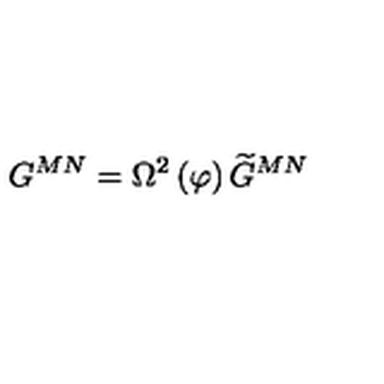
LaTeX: G ^ { M N } = \Omega ^ { 2 } \left( \varphi \right) \widetilde { G } ^ { M N }